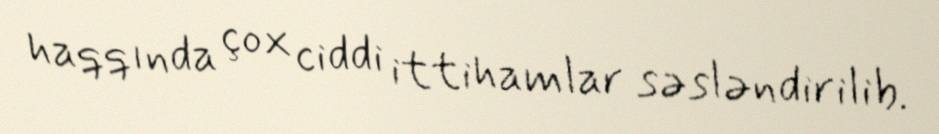
haqqında çox ciddi ittihamlar səsləndirilib.